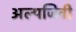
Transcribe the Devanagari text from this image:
अल्पजिवी